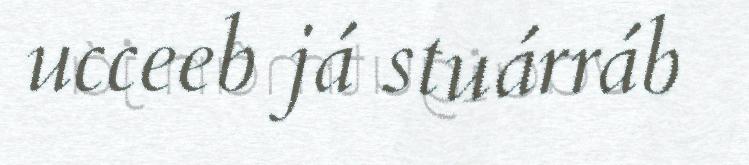
ucceeb já stuárráb